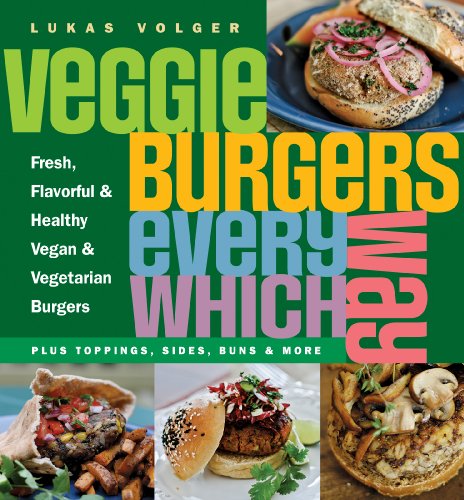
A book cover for Veggie Burgers Every Which Way: Fresh, Flavorful and Healthy Vegan and Vegetarian Burgers-Plus Toppings, Sides, Buns and More; Lukas Volger; Cookbooks, Food & Wine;